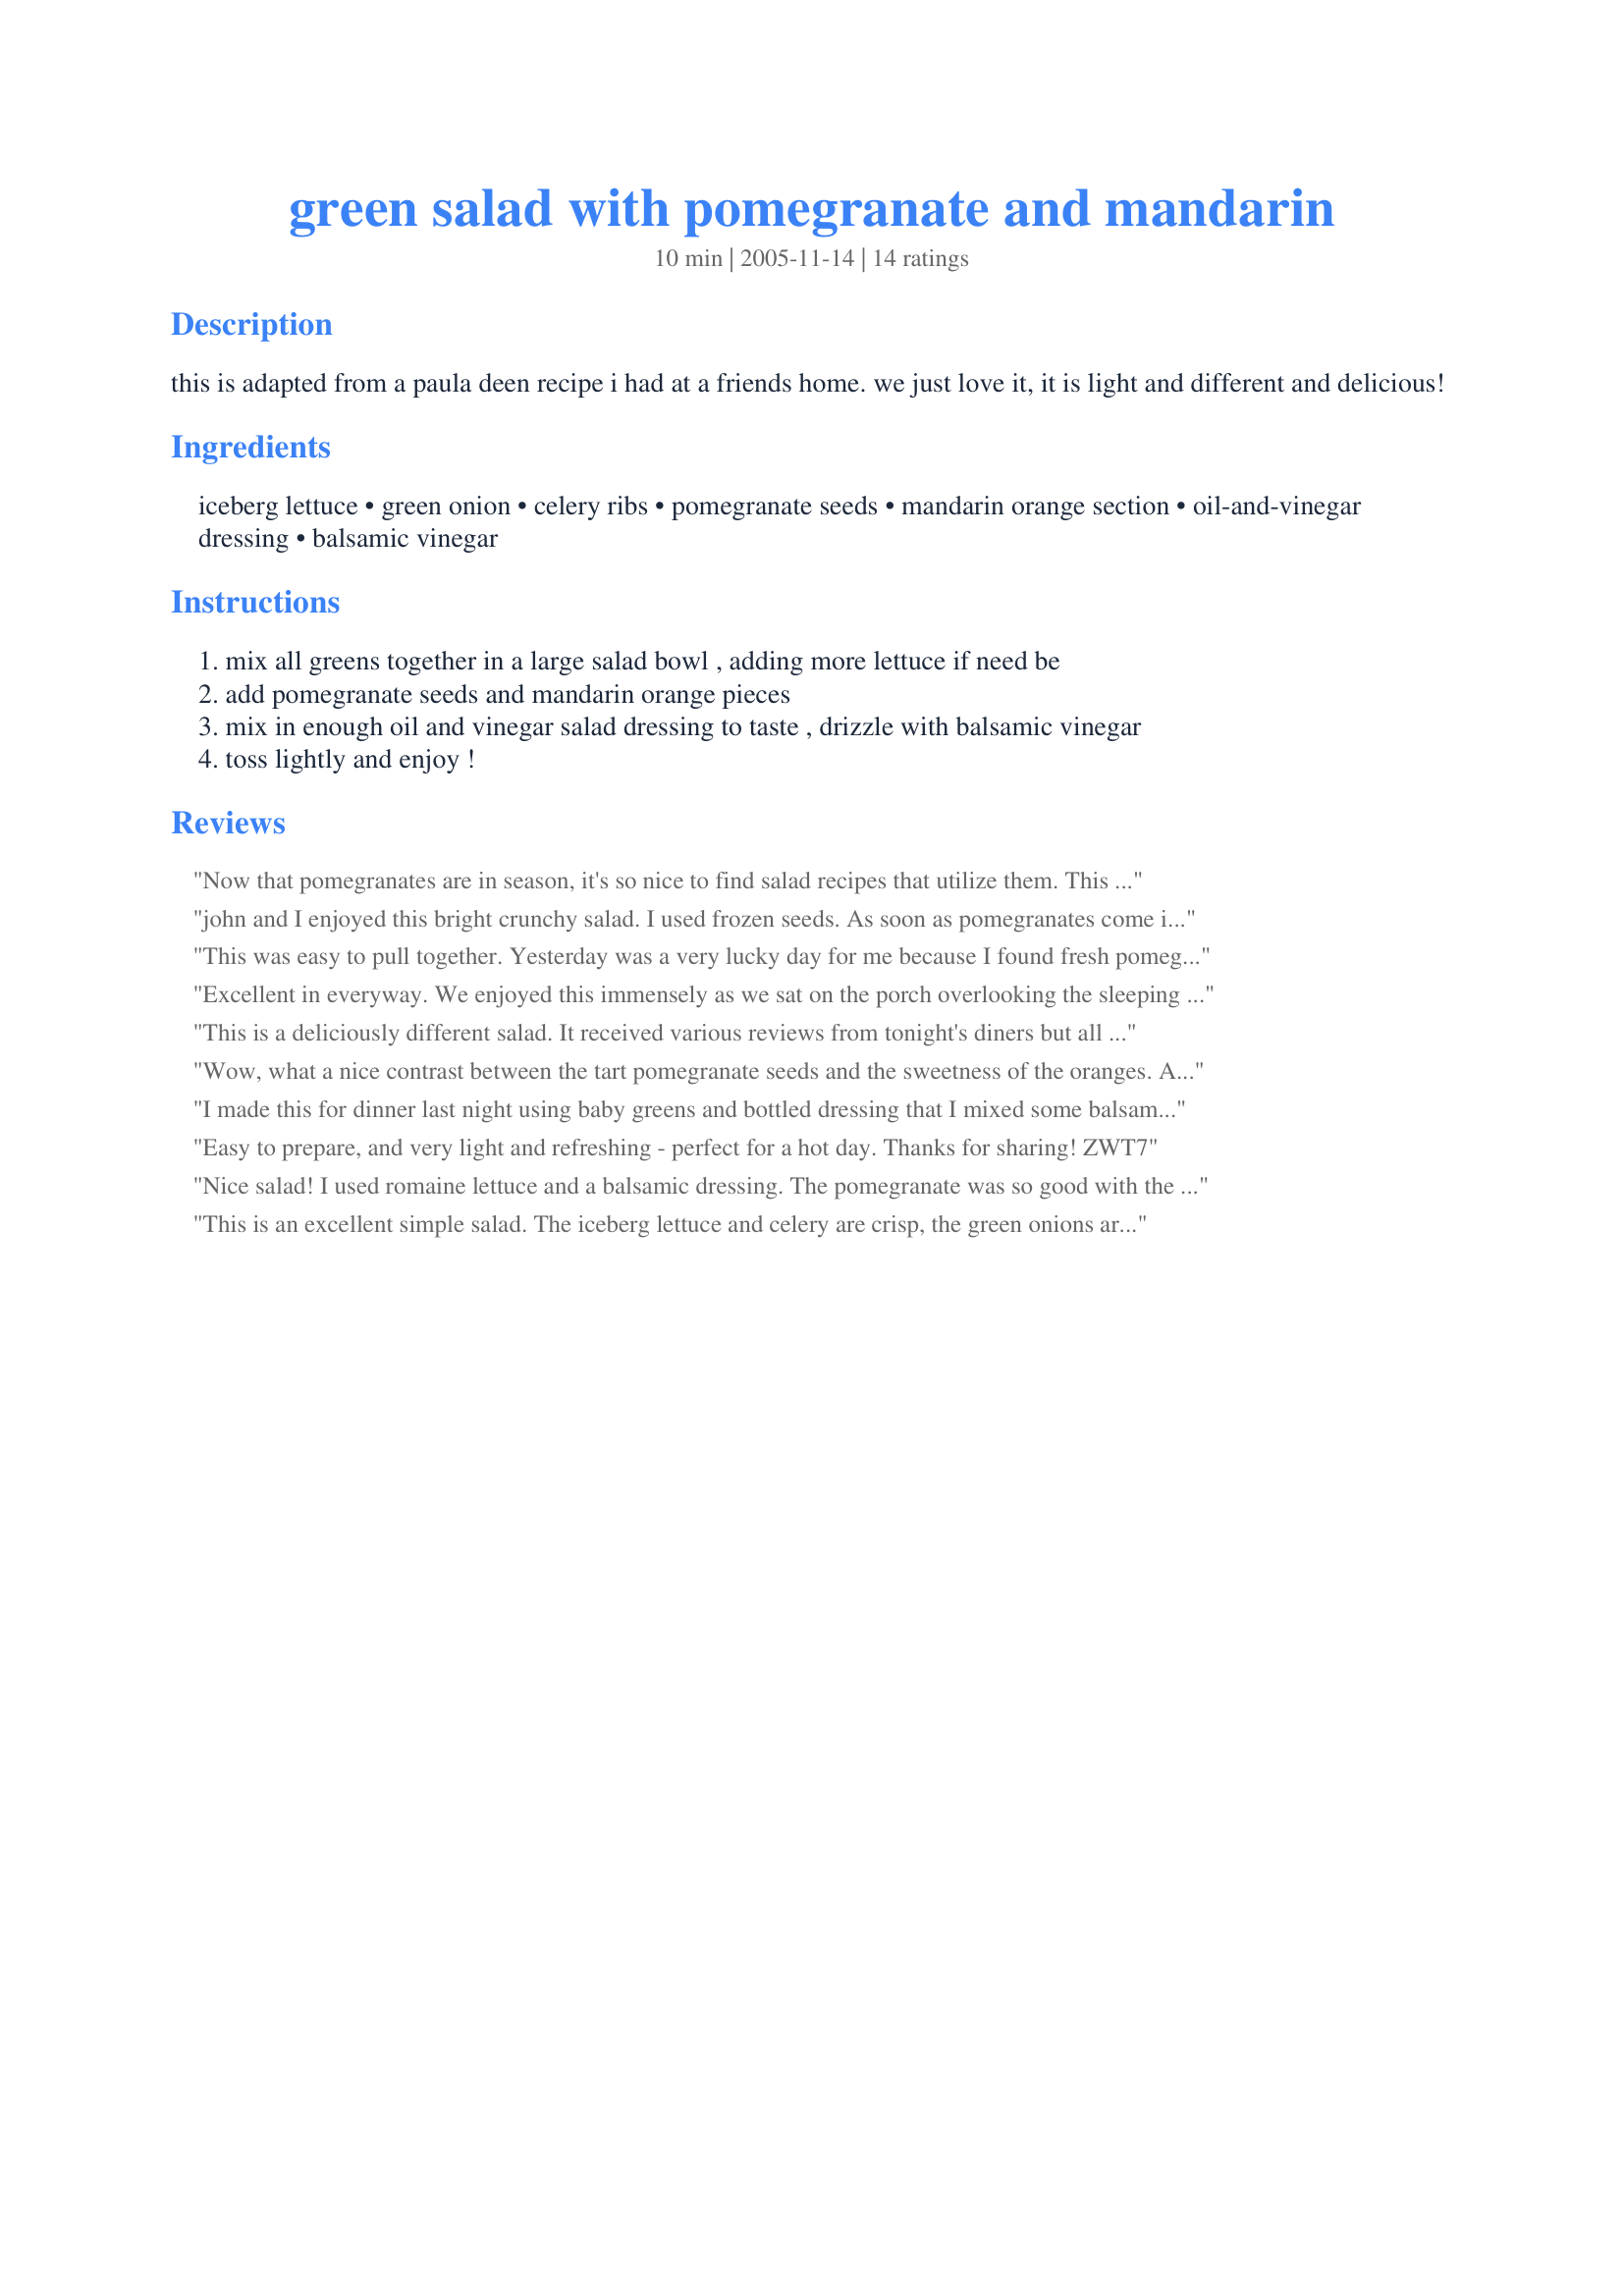
green salad with pomegranate and mandarin
Preparation time: 10 minutes

this is adapted from a paula deen recipe i had at a friends home. we just love it, it is light and different and delicious!

Ingredients:
iceberg lettuce, green onion, celery ribs, pomegranate seeds, mandarin orange section, oil-and-vinegar dressing, balsamic vinegar

Steps:
mix all greens together in a large salad bowl , adding more lettuce if need be
add pomegranate seeds and mandarin orange pieces
mix in enough oil and vinegar salad dressing to taste , drizzle with balsamic vinegar
toss lightly and enjoy !

Reviews:
Now that pomegranates are in season, it's so nice to find salad recipes that utilize them. This was one tasty and healthy salad. Thanks for sharing it!!
john and I enjoyed this bright crunchy salad. I used frozen seeds. As soon as pomegranates come into season I buy extra just to freeze for when I find recipes like this off season.This brightened up my Menu #28849 menu, it is a dark meal and the salad gave brightness. Made for ZWT5.
Thanks! ;)
This was easy to pull together. Yesterday was a very lucky day for me because I found fresh pomegranate seeds at Trader Joes! Yay! I substituted fresh oranges for canned and used a variety of mixed greens for color including red loose leaf and baby arugula. Wanted a simple and light vinaigrette and whisked together 2 tablespoons muscatel vinegar and extra virgin olive oil and added a few shakes of cracked black pepper and salt. Reviewed for ZWT 6.
Excellent in everyway. We enjoyed this immensely as we sat on the porch overlooking the sleeping farm with a thunder storm in the distance. I asked DH if he could picture being on one of the Pacific Islands, and he commented he could. Thanks for bringing some quietness to our day, delight to our palette, and health to our step. Followed exactly, using my own French dressing (oil, herbs, vinegar) in place of bottled. I used a combo of iceberg to our own fresh salad lettuces from the garden. YUM! Made for ZWT7
This is a deliciously different salad. It received various reviews from tonight's diners but all in all was enjoyed. I forgot to add the green onion and I think I poured too much salad dressing it but that's my fault and not the recipe's. Made for ZWT6.
Wow, what a nice contrast between the tart pomegranate seeds and the sweetness of the oranges. Also, a very beautiful salad.
I made this for dinner last night using baby greens and bottled dressing that I mixed some balsamic in. I didn't use the full amount, just 1 Tblsp. The pomegranate seeds and mandarins made for a very pretty salad that was very tasty. Thanks for sharing. Made for ZWT7-Pacific Islands.
Easy to prepare, and very light and refreshing - perfect for a hot day. Thanks for sharing! ZWT7
Nice salad! I used romaine lettuce and a balsamic dressing. The pomegranate was so good with the mandarin oranges. Thanks for posting!
This is an excellent simple salad. The iceberg lettuce and celery are crisp, the green onions are flavorful, and the mandarin oranges and pomegranates are sweet and tart. It all makes an excellent blend of flavors and textures. I used simply balsamic vinegar and olive oil as the dressing. The salad was an excellent addition to our Thanksgiving table. ****DECEMBER 2006 UPDATE**** I used Romaine lettuce to and recipe #200669 to prepare this as a starter for a prime rib Christmas Dinner. Everyone raved about the salad and really enjoyed it.
Great dinner.
I made this as directed but since I'm not a big iceberg lettuce fan, next time I'd use baby spinach and a mixture of baby greens. Otherwise, very tasty and pretty. Made for ZWT #7.
I am going to do Bibb or Butter lettuce and try poppy seed dressing. It reminds me of an almond and Mandarin midrange salad my mother makes.
Excellent! I too used romaine lettuce (more like 3 cups) and had to use dried pomegranate seeds because fresh is not available this time of year. Gave it some crunch. Instead of light Italian dressing I used a bit of oil, added some dried Italian herbs and used the balsamic vinegar of course. I knew my BF would love this recipe too, and he said so. I forgot to add the celery (darn), and my photo software failed me last night so if I can't get it working again I won't be able to post a photo:( Part of an excellent dinner with a Caribbean soup. Thanks so much!
